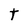
Character: t